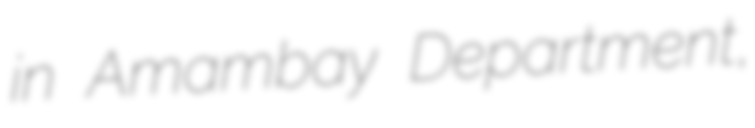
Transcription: in Amambay Department,